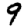
Digit: 9